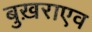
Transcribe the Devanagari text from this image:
बुख़राएव